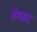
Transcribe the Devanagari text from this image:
तेरवल